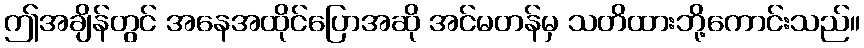
ဤအချိန်တွင် အနေအထိုင်ပြောအဆို အင်မတန်မှ သတိထားဘို့ကောင်းသည်။